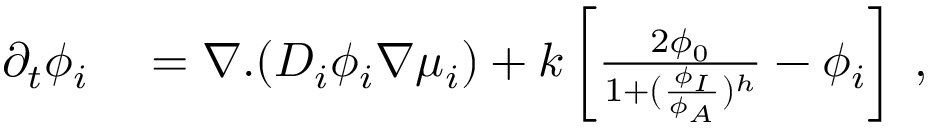
\begin{array} { r l } { \partial _ { t } \phi _ { i } } & { { } = \nabla . ( D _ { i } \phi _ { i } \nabla \mu _ { i } ) + k \left[ \frac { 2 \phi _ { 0 } } { 1 + ( \frac { \phi _ { I } } { \phi _ { A } } ) ^ { h } } - \phi _ { i } \right] \; , } \end{array}